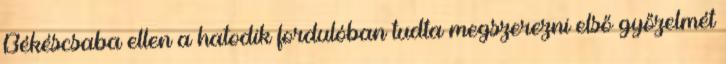
Békéscsaba ellen a hatodik fordulóban tudta megszerezni első győzelmét